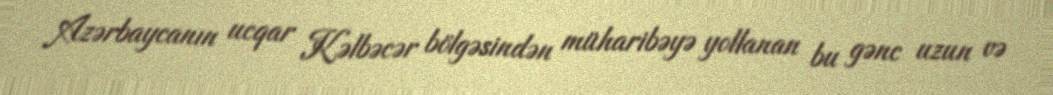
Azərbaycanın ucqar Kəlbəcər bölgəsindən müharibəyə yollanan bu gənc uzun və